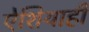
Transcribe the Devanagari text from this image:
ऐशियाही